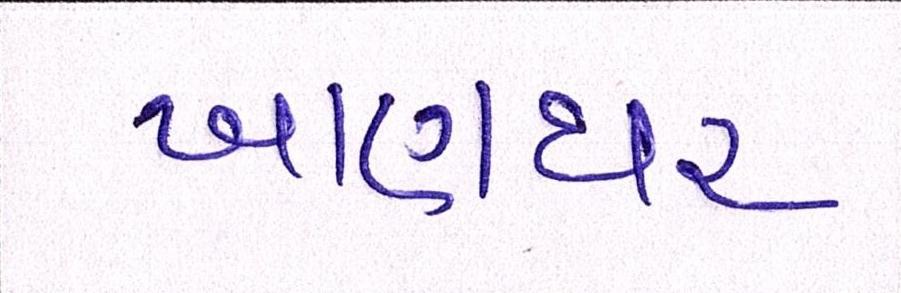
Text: ખાણધર